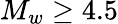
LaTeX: M_{w}\ge 4.5